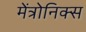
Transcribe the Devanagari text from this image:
मेंत्रोनिक्स